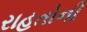
રાહતોની